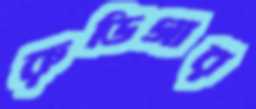
রুডিগার